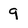
Character: 9